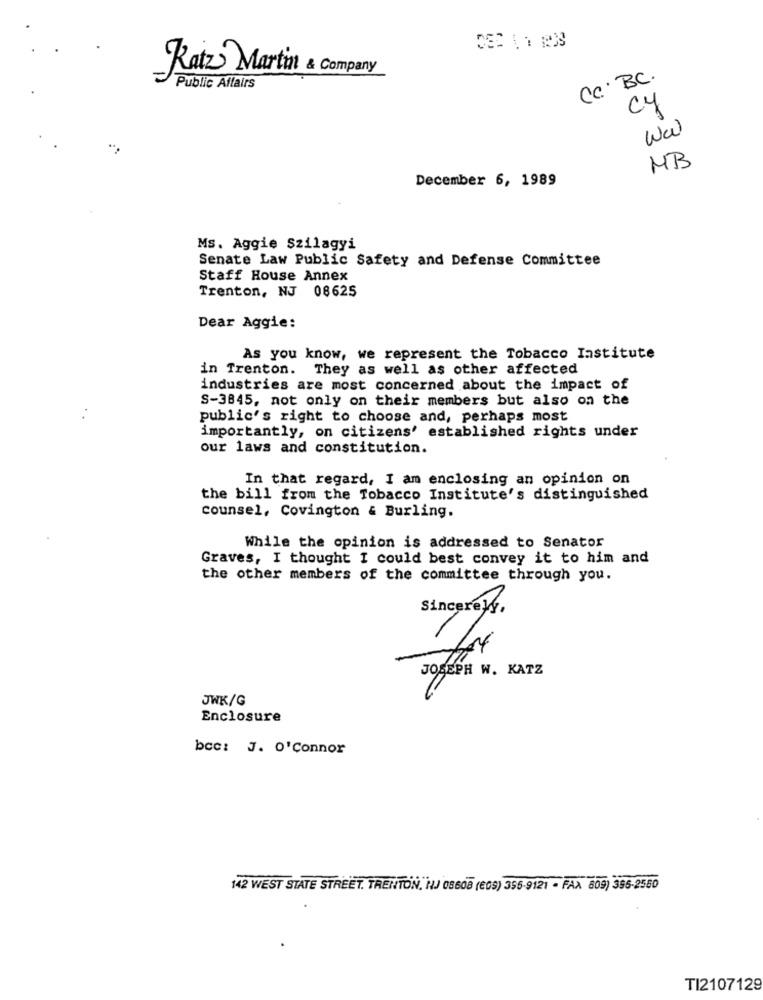
Raiz Martin & company
Cc BC.
Public Affairs
cy
MB
December 6, 1989
Ms. Aggie Szilagyi
Senate Law Public Safety and Defense Committee
Staff House Annex
Trenton, NJ 08625
Dear Aggie:
As you know, we represent the Tobacco Institute
in Trenton. They as well as other affected
industries are most concerned about the impact of
. .
S-3845, not only on their members but also on the
public's right to choose and, perhaps most
importantly, on citizens' established rights under
our laws and constitution.
In that regard, I am enclosing an opinion on
the bill from the Tobacco Institute's distinguished
counsel, Covington & Burling.
While the opinion is addressed to Senator
Graves, I thought I could best convey it to him and
the other members of the committee through you.
JOSEPH W. KATZ
JWK/G
Enclosure
bcc: J. O'Connor
142 WEST STATE STREET. TRENTON, NJ 08608 (209) 356-9121 - FAX 609) 395-2560
TI2107129